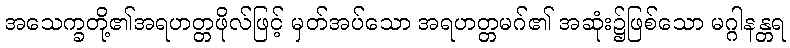
အသေက္ခတို့၏အရဟတ္တဖိုလ်ဖြင့် မှတ်အပ်သော အရဟတ္တမဂ်၏ အဆုံး၌ဖြစ်သော မဂ္ဂါနန္တရ